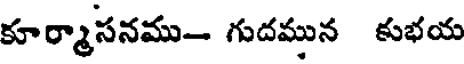
కూర్మాసనము- గుదమున కుభయ